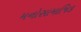
મનોસામાજિક